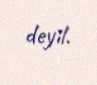
deyil.